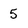
Character: 5